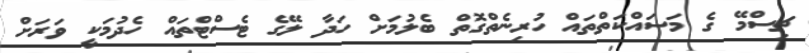
ޗިސްމޭ ގެ މަސައްކަތްތައް ހުރިނެތްގޮތް ބެލުމަށް ހަދާ ލޭގެ ޓެސްޓްތައް ހެދުމަކީ ވަރަށް